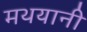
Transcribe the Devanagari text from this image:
मथयानी